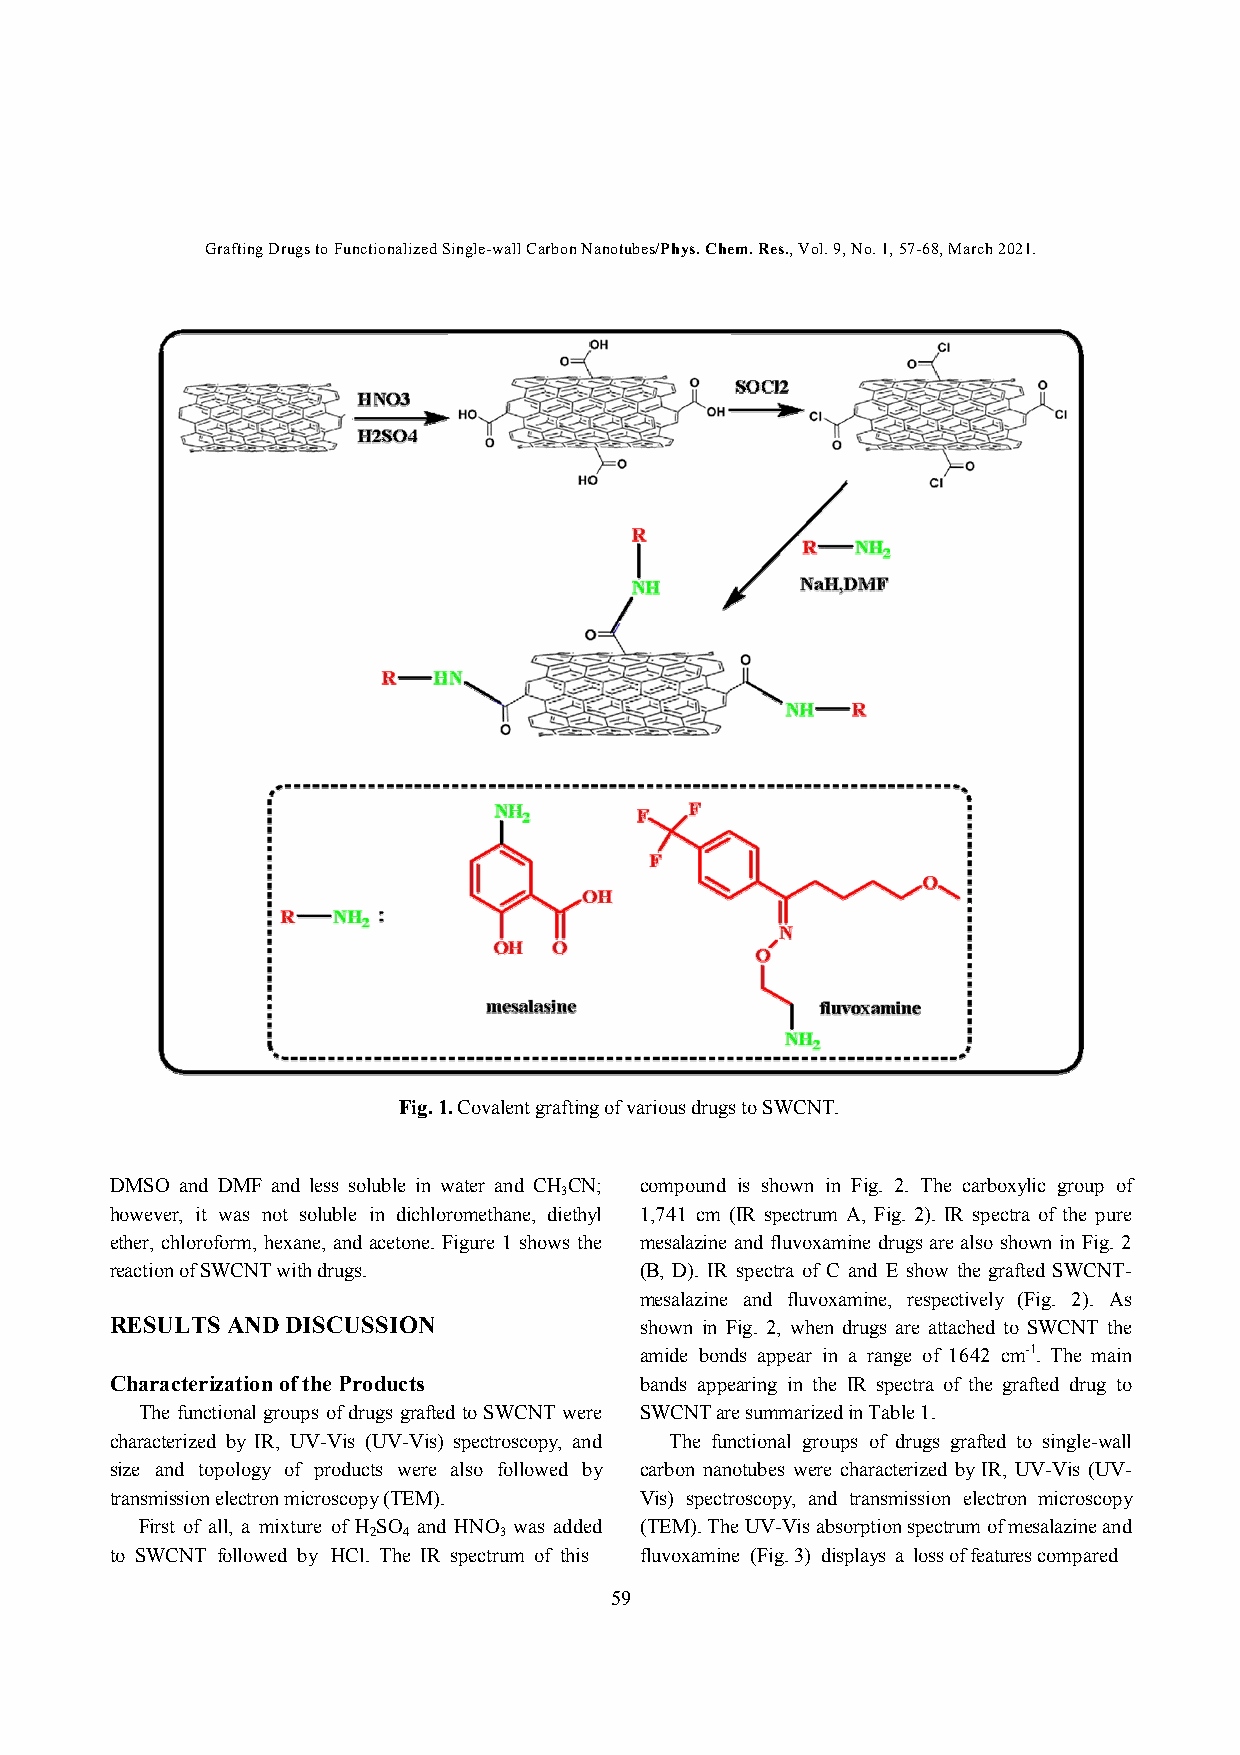
Grafting Drugs to Functionalized Single-wall Carbon Nanotubes/Phys. Chem. Res., Vol. 9, No. 1, 57-68, March 2021.
 Fig. 1. Covalent grafting of various drugs to SWCNT.
 DMSO and DMF and less soluble in water and CH CN; compound is shown in Fig. 2. The carboxylic group of
 3
 however, it was not soluble in dichloromethane, diethyl 1,741 cm (IR spectrum A, Fig. 2). IR spectra of the pure
 ether, chloroform, hexane, and acetone. Figure 1 shows the mesalazine and fluvoxamine drugs are also shown in Fig. 2
 reaction of SWCNT with drugs.      (B, D). IR spectra of C and E show the grafted SWCNT-
 mesalazine and fluvoxamine, respectively (Fig. 2). As
 RESULTS AND DISCUSSION             shown in Fig. 2, when drugs are attached to SWCNT the
 amide bonds appear in a range of 1642 cm-1. The main
 Characterization of the Products   bands appearing in the IR spectra of the grafted drug to
 The functional groups of drugs grafted to SWCNT were SWCNT are summarized in Table 1.
 characterized by IR, UV-Vis (UV-Vis) spectroscopy, and The functional groups of drugs grafted to single-wall
 size and topology of products were also followed by carbon nanotubes were characterized by IR, UV-Vis (UV-
 transmission electron microscopy (TEM). Vis) spectroscopy, and transmission electron microscopy
 First of all, a mixture of HSO and HNO was added ( T EM). The UV-Vis absorption spectrum of mesalazine and
 2  4     3
 to SWCNT followed by HCl. The IR spectrum of this fluvoxamine (Fig. 3) displays a loss of features compared
 59